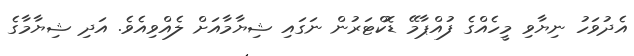
އެދުވަހު ނިޔާވި މީހެއްގެ ފުއްޕާމޭ ޑޮކްޓަރުން ނަގައި ޝިޔާމާއަށް ލެއްވިއެވެ. އަދި ޝިޔާމާގެ